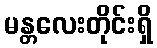
မန္တလေးတိုင်းရှိ